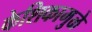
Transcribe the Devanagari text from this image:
केशिकामुळे